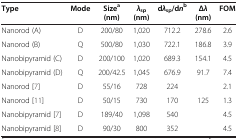
| Type | Mode | Sizea (nm) | λsp (nm) | dλsp/dnb | Δλ (nm) | FOM |
 | --- | --- | --- | --- | --- | --- | --- |
 | Nanorod (A) | D | 200/80 | 1,020 | 712.2 | 278.6 | 2.6 |
 | Nanorod (B) | Q | 500/80 | 1,030 | 722.1 | 186.8 | 3.9 |
 | Nanobipyramid (C) | D | 200/100 | 1,020 | 689.3 | 154.1 | 4.5 |
 | Nanobipyramid (D) | Q | 200/42.5 | 1,045 | 676.9 | 91.7 | 7.4 |
 | Nanorod [7] | D | 55/16 | 728 | 224 |  | 2.1 |
 | Nanorod [11] | D | 50/15 | 730 | 170 | 125 | 1.3 |
 | Nanobipyramid [7] | D | 189/40 | 1,098 | 540 |  | 4.5 |
 | Nanobipyramid [8] | D | 90/30 | 800 | 352 |  | 4.5 |